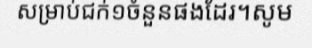
សម្រាប់ជក់១ចំនួនផងដែរ។សូម